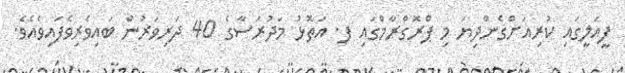
ފީއަލީގައި ކުރިއަށްގެންދިޔަ މި ޕްރޮގްރާމްގައި ފ. އަތޮޅު މަދުރަސާގެ 40 ދަރިވަރުން ބައިވެރިވެފައިވެއެވެ.